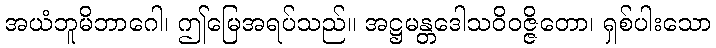
အယံဘူမိဘာဂေါ၊ ဤမြေအရပ်သည်။ အဋ္ဌမန္တဒေါသဝိဝဇ္ဇိတော၊ ရှစ်ပါးသော